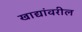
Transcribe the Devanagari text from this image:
खाद्यांवरील